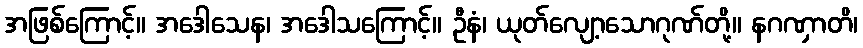
အဖြစ်ကြောင့်။ အဒေါသေန၊ အဒေါသကြောင့်။ ဦနံ၊ ယုတ်လျော့သောဂုဏ်တို့။ နဂဏှာတိ၊